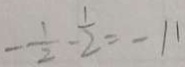
- \frac { 1 } { 2 } - \frac { 1 } { 2 } = - 1 1